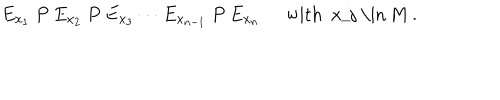
E _ { x _ { 1 } } \: P \: E _ { x _ { 2 } } \: P \: E _ { x _ { 3 } } \cdots E _ { x _ { n - 1 } } \: P \: E _ { x _ { n } } \; \; { \mathrm { w i t h ~ x _ { j } ~ \in ~ M ~ . } }